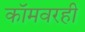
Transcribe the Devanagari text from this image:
कॉमवरही